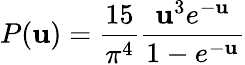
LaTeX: P(\mathbf{u})=\frac{{15}}{{\pi^{4}}}\frac{{\mathbf{u}^{3}e^{-\mathbf{u}}}}{{1-e^{-\mathbf{u}}}}